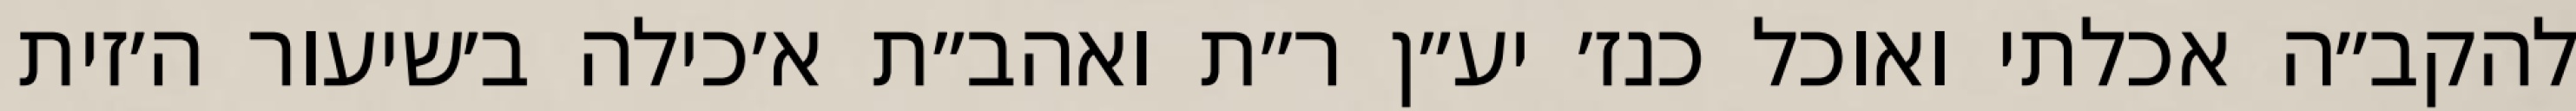
להקב״ה אכלתי ואוכל כנז׳ יע״ן ר״ת ואהב״ת א׳כילה ב׳שיעור ה׳זית